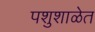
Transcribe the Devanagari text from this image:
पशुशाळेत